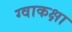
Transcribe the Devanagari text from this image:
ग्वाकक्षा